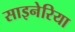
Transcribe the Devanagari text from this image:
साइनेरिया